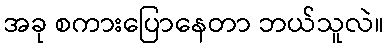
အခု စကားပြောနေတာ ဘယ်သူလဲ။